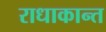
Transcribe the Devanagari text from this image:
राधाकान्‍त